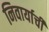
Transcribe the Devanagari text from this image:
निवार्याची